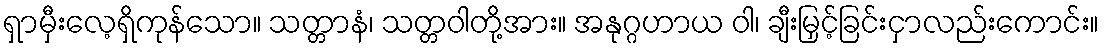
ရှာမှီးလေ့ရှိကုန်သော။ သတ္တာနံ၊ သတ္တဝါတို့အား။ အနုဂ္ဂဟာယ ဝါ၊ ချီးမြှင့်ခြင်းငှာလည်းကောင်း။